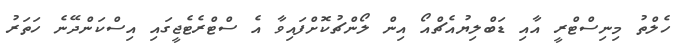
ހެލްތު މިނިސްޓްރީ އާއި ޑަބްލިޔުއެޗްއޯ އިން ލޯންޗުކޮށްފައިވާ އެ ސްޓްރެޓެޖީގައި އިސްކަންދޭނެ ހަތަރު